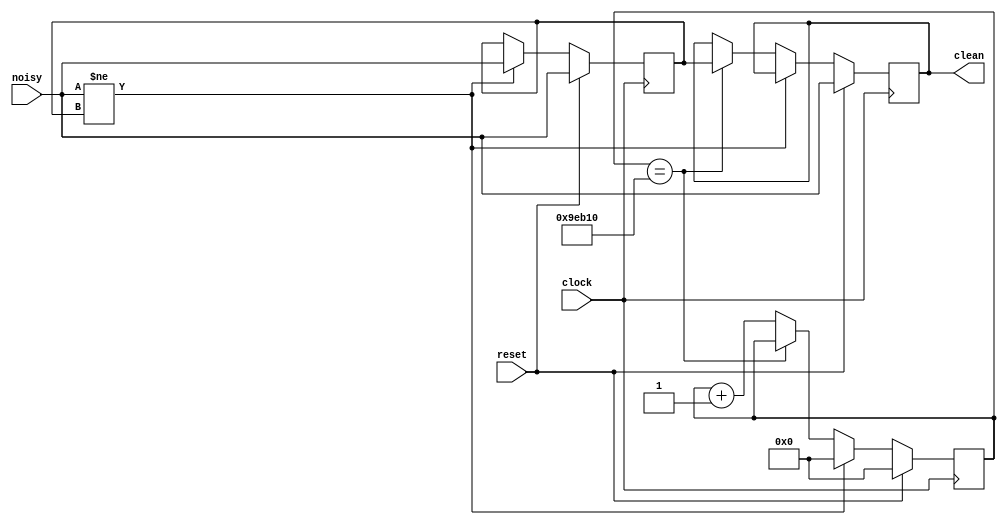
`timescale 1ns / 1ps
///////////////////////////////////////////
// MIT 6.111 debounce circuit 
// http://web.mit.edu/6.111/www/f2012/handouts/labs/debounce.v
///////////////////////////////////////////
module debounce (input reset, clock, noisy,
                 output reg clean);

   reg [19:0] count;
   reg new;

   always @(posedge clock)
     if (reset) begin new <= noisy; clean <= noisy; count <= 0; end
     else if (noisy != new) begin new <= noisy; count <= 0; end
     else if (count == 650000) clean <= new;
     else count <= count+1;

endmodule